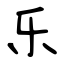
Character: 乐